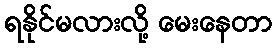
ရနိုင်မလားလို့ မေးနေတာ